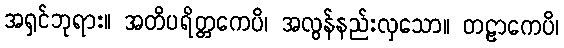
အရှင်ဘုရား။ အတိပရိတ္တကေပိ၊ အလွန်နည်းလှသော။ တဠာကေပိ၊